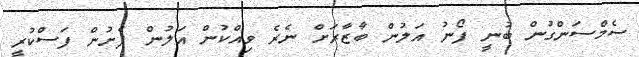
ސެމްސަންގުން ބުނީ ފޯނު އަލުން ބާޒާރަށް ނެރެ ވިއްކުން އަލުން ފެށުން ފަސްކުރީ